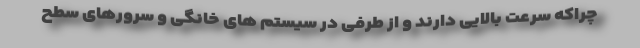
چراکه سرعت بالایی دارند و از طرفی در سیستم های خانگی و سرورهای سطح